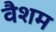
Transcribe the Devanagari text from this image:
वैशम